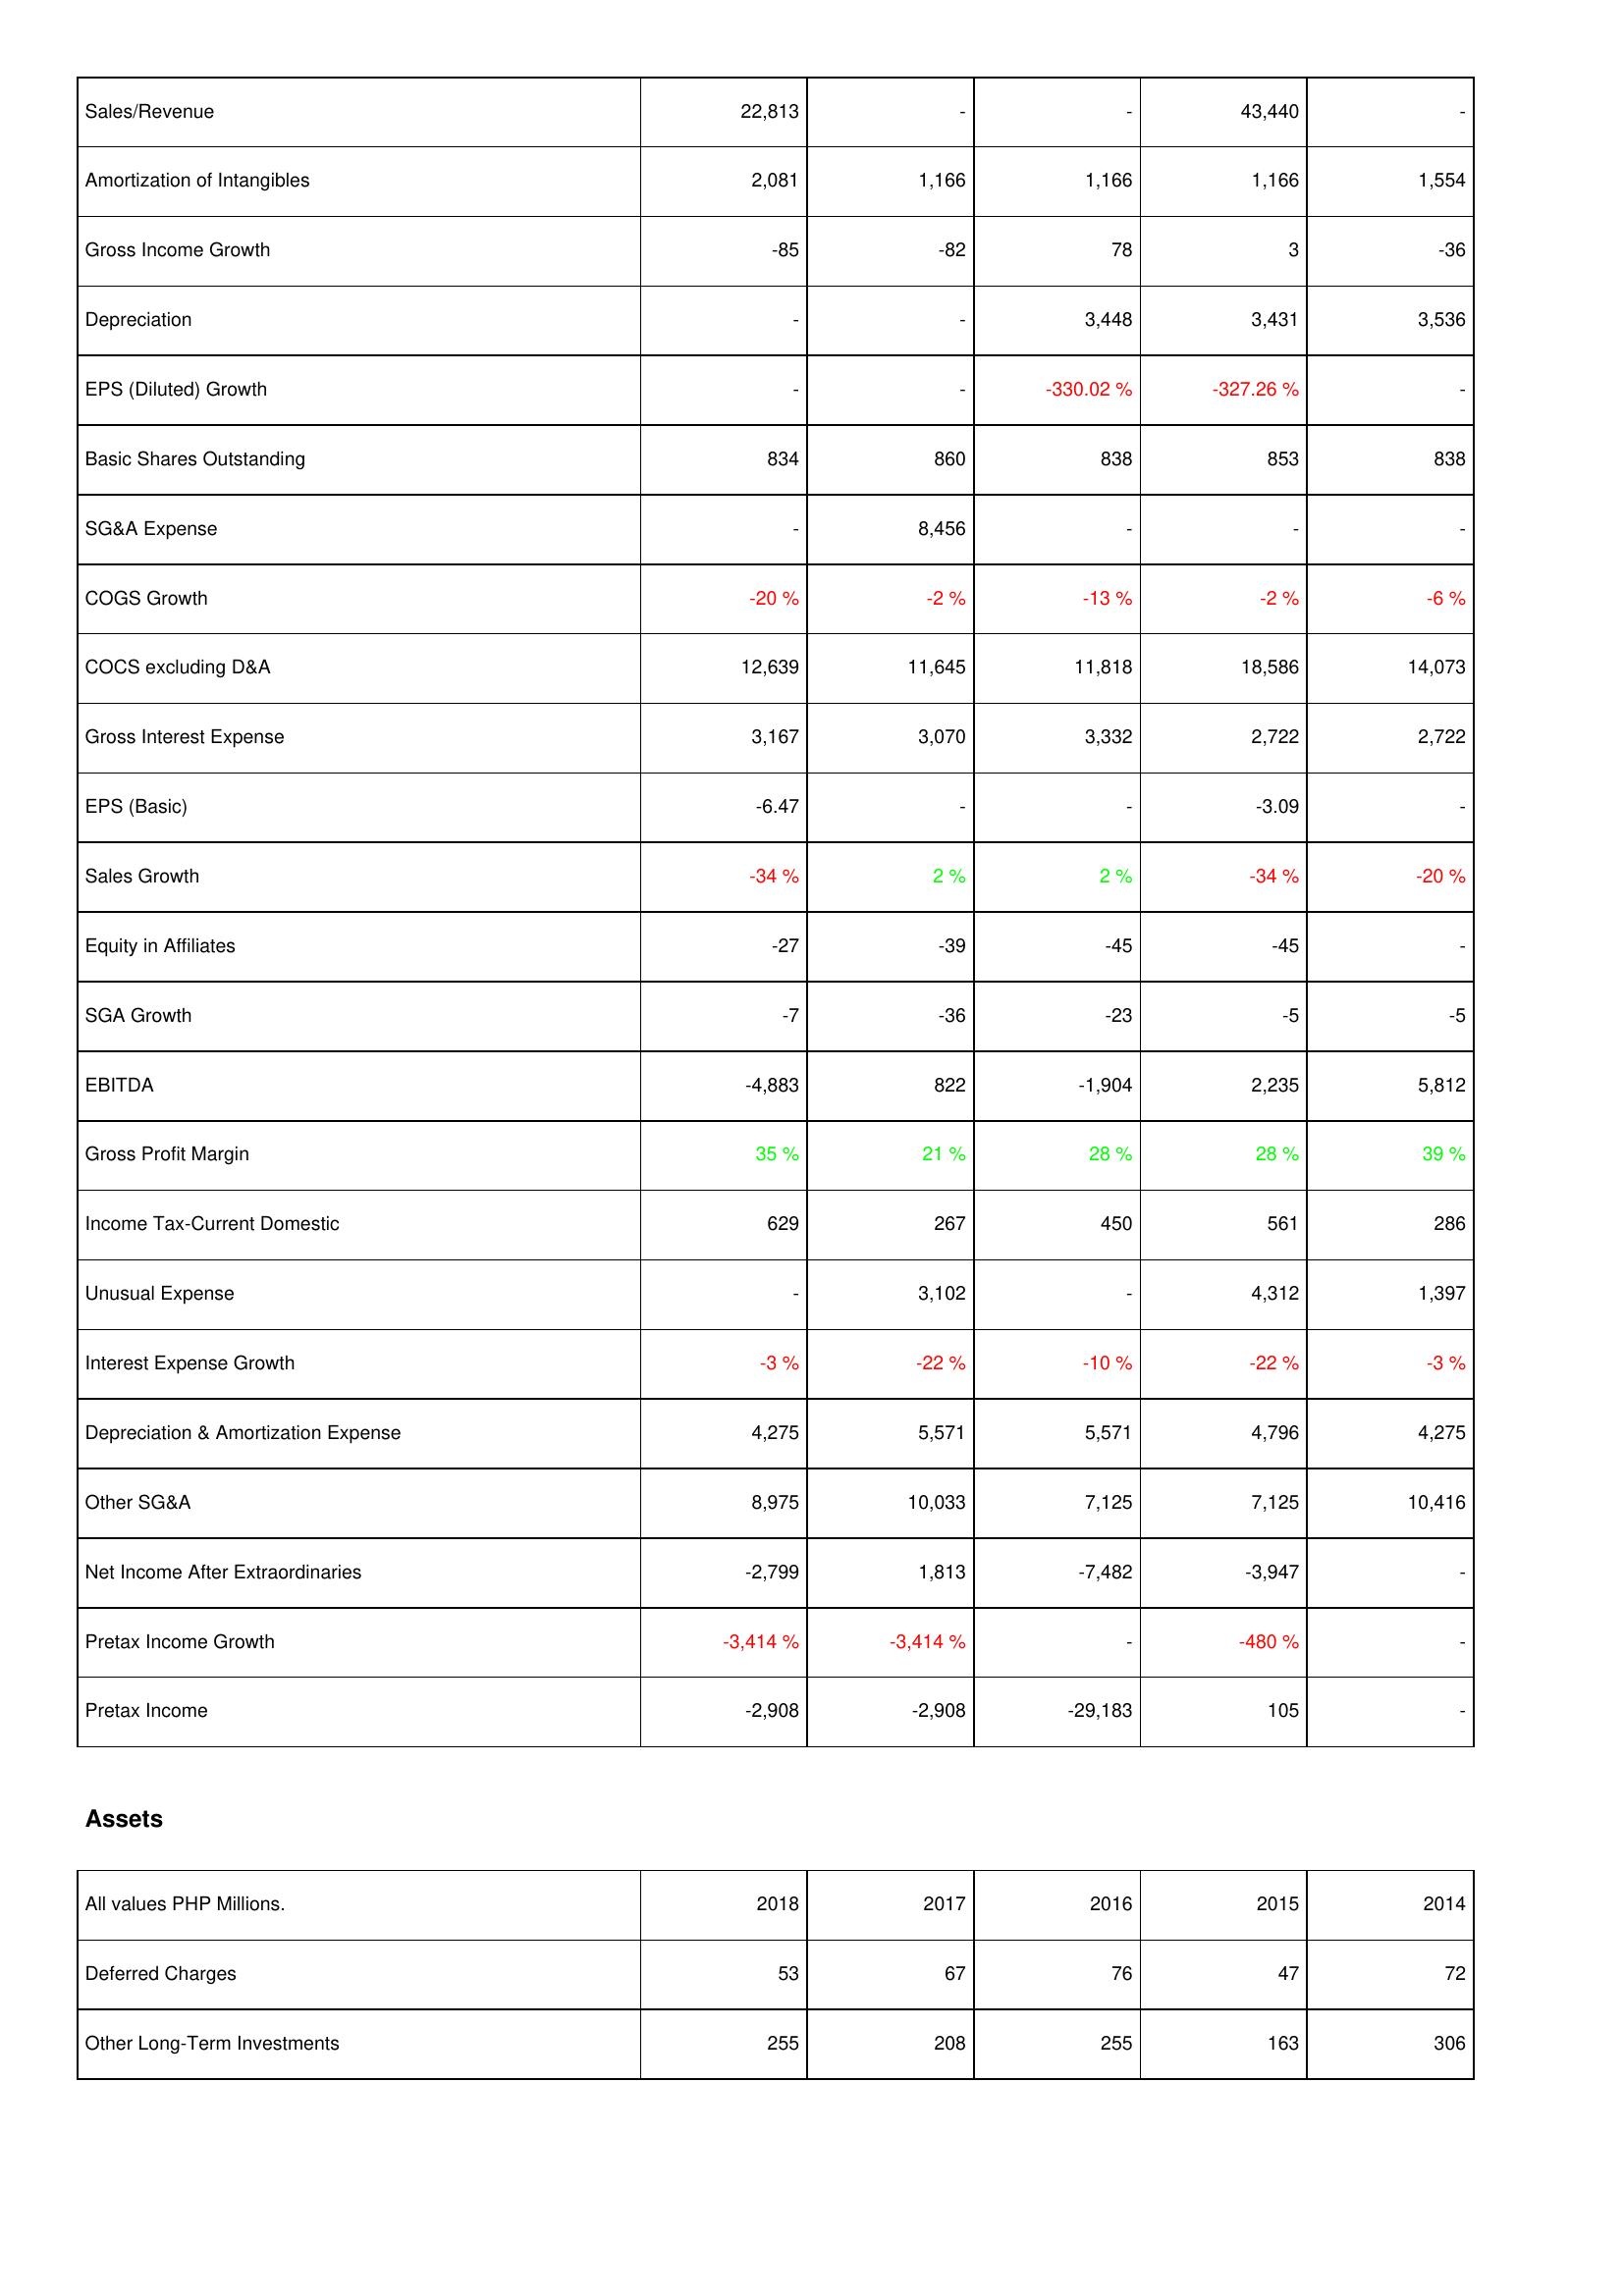
2018: Income Statement: Sales/Revenue: 22,813
Amortization of Intangibles: 2,081
Gross Income Growth: -85
Depreciation: -
EPS (Diluted) Growth: -
Basic Shares Outstanding: 834
SG&A Expense: -
COGS Growth: -20 %
COCS excluding D&A: 12,639
Gross Interest Expense: 3,167
EPS (Basic): -6.47
Sales Growth: -34 %
Equity in Affiliates: -27
SGA Growth: -7
EBITDA: -4,883
Gross Profit Margin: 35 %
Income Tax-Current Domestic: 629
Unusual Expense: -
Interest Expense Growth: -3 %
Depreciation & Amortization Expense: 4,275
Other SG&A: 8,975
Net Income After Extraordinaries: -2,799
Pretax Income Growth: -3,414 %
Pretax Income: -2,908
Assets: Deferred Charges: 53
Other Long-Term Investments: 255
2017: Income Statement: Sales/Revenue: -
Amortization of Intangibles: 1,166
Gross Income Growth: -82
Depreciation: -
EPS (Diluted) Growth: -
Basic Shares Outstanding: 860
SG&A Expense: 8,456
COGS Growth: -2 %
COCS excluding D&A: 11,645
Gross Interest Expense: 3,070
EPS (Basic): -
Sales Growth: 2 %
Equity in Affiliates: -39
SGA Growth: -36
EBITDA: 822
Gross Profit Margin: 21 %
Income Tax-Current Domestic: 267
Unusual Expense: 3,102
Interest Expense Growth: -22 %
Depreciation & Amortization Expense: 5,571
Other SG&A: 10,033
Net Income After Extraordinaries: 1,813
Pretax Income Growth: -3,414 %
Pretax Income: -2,908
Assets: Deferred Charges: 67
Other Long-Term Investments: 208
2016: Income Statement: Sales/Revenue: -
Amortization of Intangibles: 1,166
Gross Income Growth: 78
Depreciation: 3,448
EPS (Diluted) Growth: -330.02 %
Basic Shares Outstanding: 838
SG&A Expense: -
COGS Growth: -13 %
COCS excluding D&A: 11,818
Gross Interest Expense: 3,332
EPS (Basic): -
Sales Growth: 2 %
Equity in Affiliates: -45
SGA Growth: -23
EBITDA: -1,904
Gross Profit Margin: 28 %
Income Tax-Current Domestic: 450
Unusual Expense: -
Interest Expense Growth: -10 %
Depreciation & Amortization Expense: 5,571
Other SG&A: 7,125
Net Income After Extraordinaries: -7,482
Pretax Income Growth: -
Pretax Income: -29,183
Assets: Deferred Charges: 76
Other Long-Term Investments: 255
2015: Income Statement: Sales/Revenue: 43,440
Amortization of Intangibles: 1,166
Gross Income Growth: 3
Depreciation: 3,431
EPS (Diluted) Growth: -327.26 %
Basic Shares Outstanding: 853
SG&A Expense: -
COGS Growth: -2 %
COCS excluding D&A: 18,586
Gross Interest Expense: 2,722
EPS (Basic): -3.09
Sales Growth: -34 %
Equity in Affiliates: -45
SGA Growth: -5
EBITDA: 2,235
Gross Profit Margin: 28 %
Income Tax-Current Domestic: 561
Unusual Expense: 4,312
Interest Expense Growth: -22 %
Depreciation & Amortization Expense: 4,796
Other SG&A: 7,125
Net Income After Extraordinaries: -3,947
Pretax Income Growth: -480 %
Pretax Income: 105
Assets: Deferred Charges: 47
Other Long-Term Investments: 163
2014: Income Statement: Sales/Revenue: -
Amortization of Intangibles: 1,554
Gross Income Growth: -36
Depreciation: 3,536
EPS (Diluted) Growth: -
Basic Shares Outstanding: 838
SG&A Expense: -
COGS Growth: -6 %
COCS excluding D&A: 14,073
Gross Interest Expense: 2,722
EPS (Basic): -
Sales Growth: -20 %
Equity in Affiliates: -
SGA Growth: -5
EBITDA: 5,812
Gross Profit Margin: 39 %
Income Tax-Current Domestic: 286
Unusual Expense: 1,397
Interest Expense Growth: -3 %
Depreciation & Amortization Expense: 4,275
Other SG&A: 10,416
Net Income After Extraordinaries: -
Pretax Income Growth: -
Pretax Income: -
Assets: Deferred Charges: 72
Other Long-Term Investments: 306